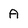
Character: A